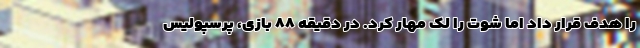
را هدف قرار داد اما شوت را لک مهار کرد. در دقیقه ۸۸ بازی، پرسپولیس